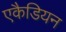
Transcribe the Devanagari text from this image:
एकैडियन